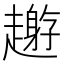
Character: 𧾅